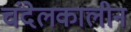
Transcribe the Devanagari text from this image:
चंदेलकालीन